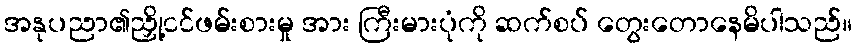
အနုပညာ၏ညှို့ငင်ဖမ်းစားမှု အား ကြီးမားပုံကို ဆက်စပ် တွေးတောနေမိပါသည်။